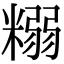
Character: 糑